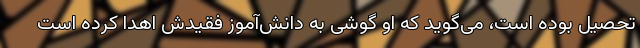
تحصیل بوده است، می‌گوید که او گوشی به دانش‌آموز فقیدش اهدا کرده است